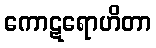
ကောဋရောဟိတာ